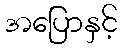
အပြောနှင့်